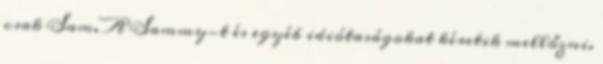
csak Sam. A Sammy-t és egyéb idiótaságokat kéretik mellőzni.